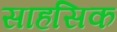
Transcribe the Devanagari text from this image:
साहसिक